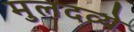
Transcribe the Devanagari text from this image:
मुलदव्ये